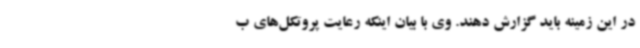
در این زمینه باید گزارش دهند. وی با بیان اینکه رعایت پروتکل‌های ب